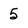
Character: 5